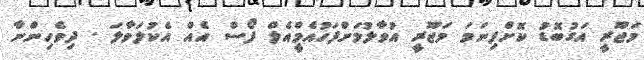
މަޖޫރީ އަގުބޮޑު ކޮށްފިނަމަ މަޖޫރީ އުވާލުމަށްފަހުއެމްީއެލް ފޯސް އެއް އެކުލަވާލަ . ދިވެހިންނާ